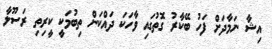
އިޝާ ނަމާދަށް ފަހު ބޭކާރު ގޮތުގައި ވާހަކަ ދައްކަން ތިބުމަކީ ކީރިތި ރަސޫލާ